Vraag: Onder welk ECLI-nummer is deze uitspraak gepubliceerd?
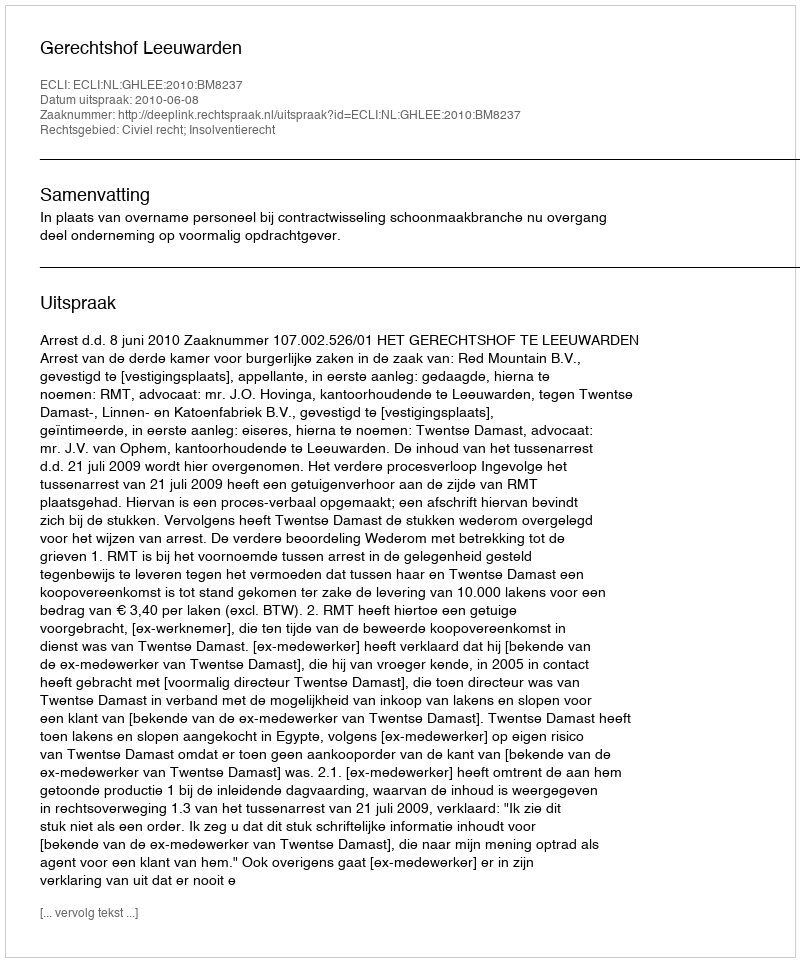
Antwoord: ECLI:NL:GHLEE:2010:BM8237